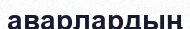
аварлардың